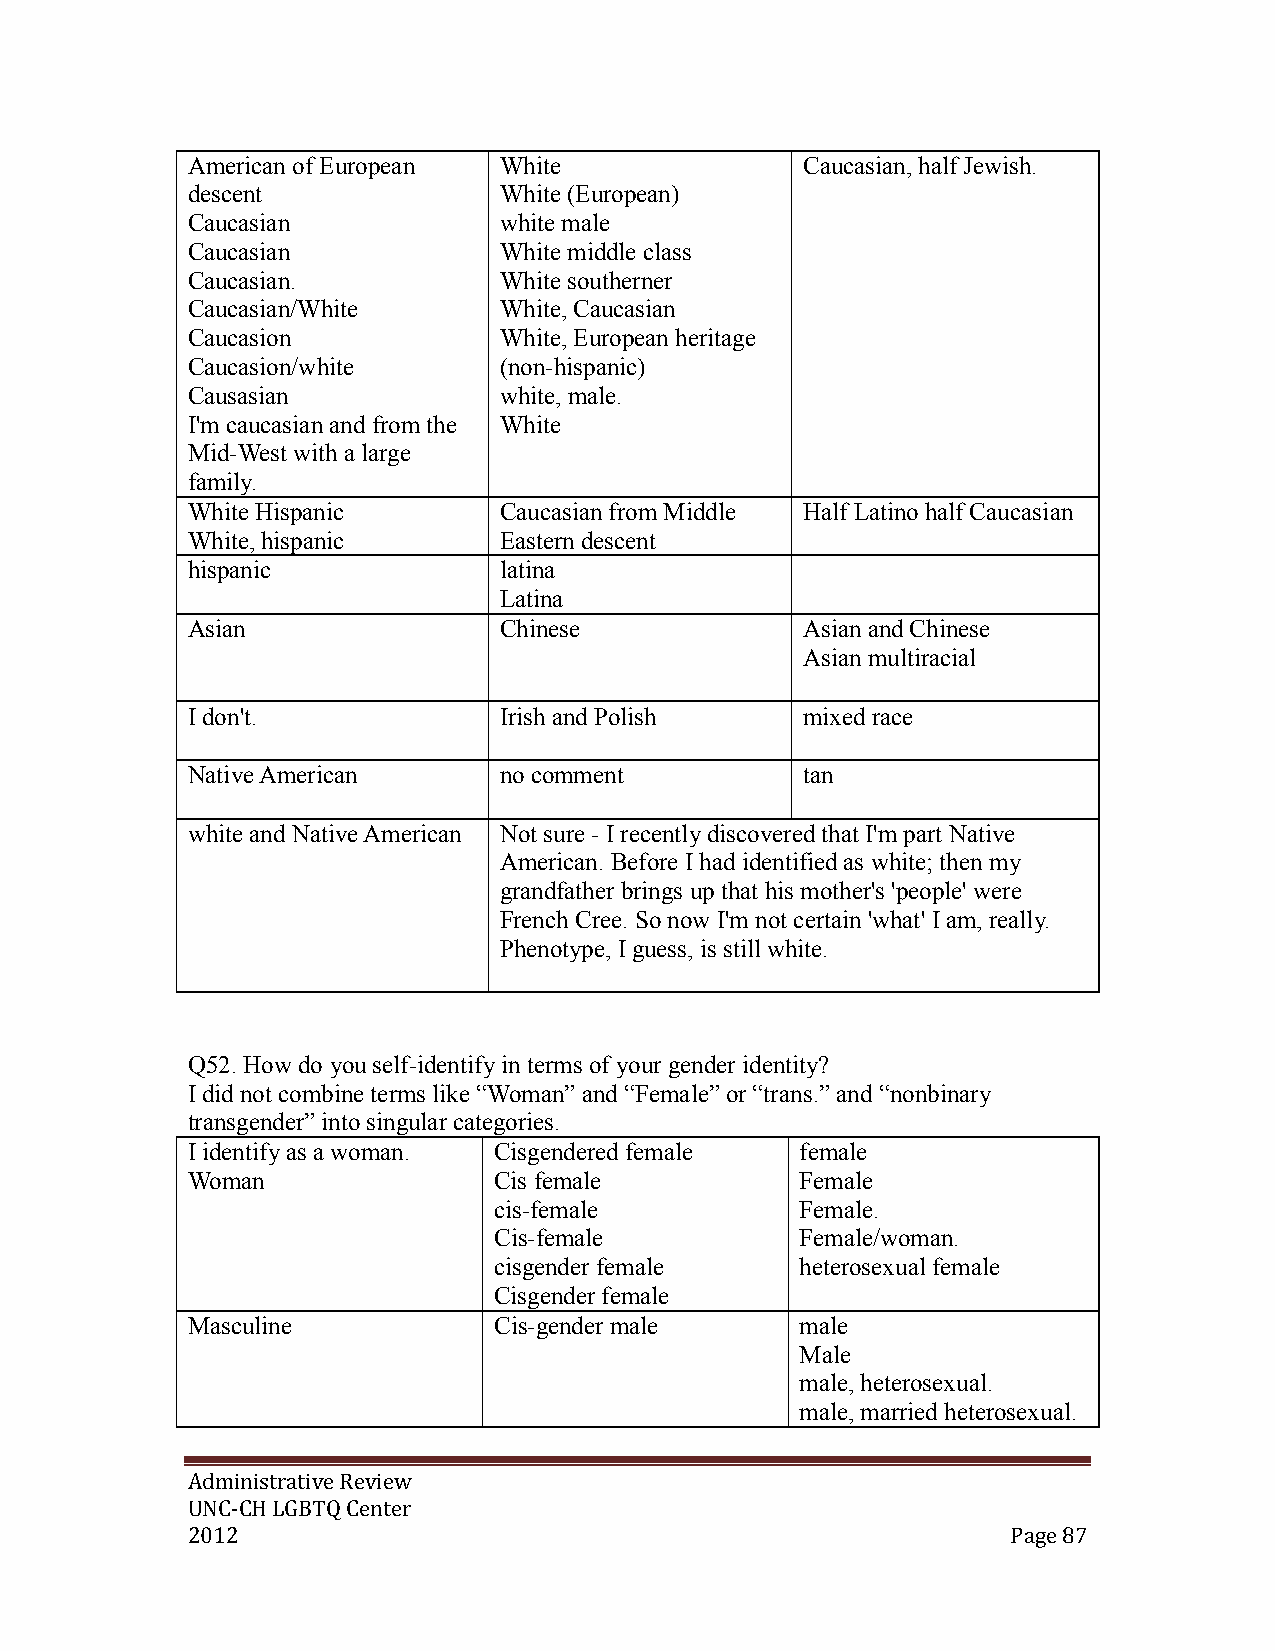
American of European White               Caucasian, half Jewish.
 descent              White (European)
 Caucasian            white male
 Caucasian            White middle class
 Caucasian.           White southerner
 Caucasian/White      White, Caucasian
 Caucasion            White, European heritage
 Caucasion/white      (non-hispanic)
 Causasian            white, male.
 I'm caucasian and from the White
 Mid-West with a large
 family.
 White Hispanic       Caucasian from Middle Half Latino half Caucasian
 White, hispanic      Eastern descent
 hispanic             latina
 Latina
 Asian                Chinese             Asian and Chinese
 Asian multiracial
 I don't.             Irish and Polish    mixed race
 Native American      no comment          tan
 white and Native American Not sure - I recently discovered that I'm part Native
 American. Before I had identified as white; then my
 grandfather brings up that his mother's 'people' were
 French Cree. So now I'm not certain 'what' I am, really.
 Phenotype, I guess, is still white.
 Q52. How do you self-identify in terms of your gender identity?
 I did not combine terms like “Woman” and “Female” or “trans.” and “nonbinary
 transgender” into singular categories.
 I identify as a woman. Cisgendered female female
 Woman                Cis female          Female
 cis-female          Female.
 Cis-female          Female/woman.
 cisgender female    heterosexual female
 Cisgender female
 Masculine            Cis-gender male     male
 Male
 male, heterosexual.
 male, married heterosexual.
 Administrative Review
 UNC-CH LGBTQ Center
 2012                                                   Page 87